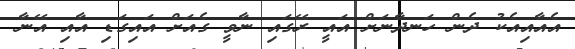
އެއާއިއެކު ދެން ހަނދާނަށް އައީ ރޭގައި ނާވީ ގެއަށް އައިގަޑި އާއި އޭނާ